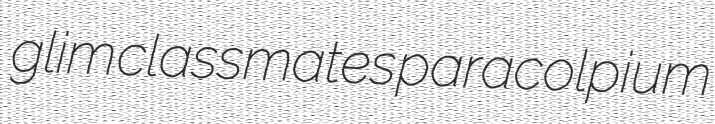
glim classmates paracolpium